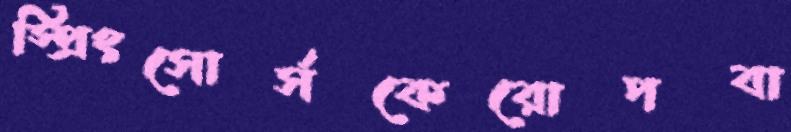
স্প্রিংসোর্সকেরোপবা